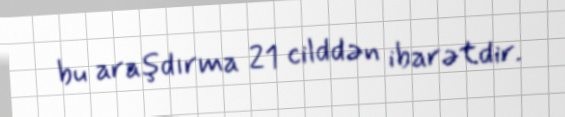
bu araşdırma 21 cilddən ibarətdir.